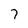
Character: 7